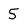
Character: 5